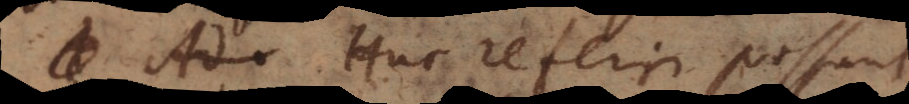
. Huc referri possunt